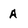
Character: A